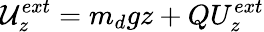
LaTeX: {\mathcal{U}}_{z}^{ext}={{m_{d}}gz}+{Q}{U_{z}^{ext}}